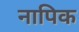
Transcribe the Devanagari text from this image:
नापिक